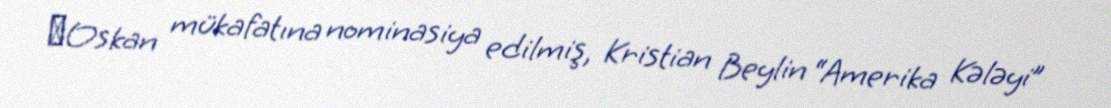
​Oskan mükafatına nominasiya edilmiş, Kristian Beylin “Amerika Kələyi”